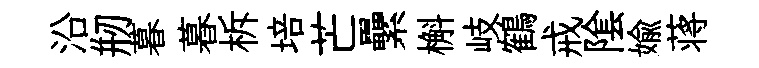
沿剏暮暮柝培芒纍槲岐鶴戒隂媮蒋